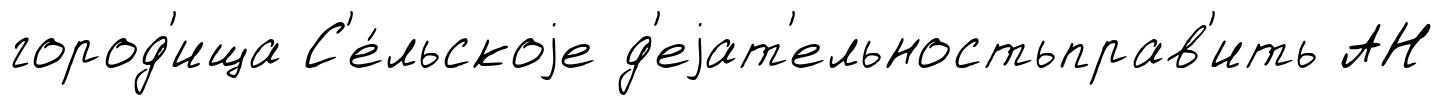
город'ища С'е́льскоjе д'еjат'ельностьправ'ить АН